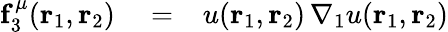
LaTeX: \begin{array}{rl}{\mathbf{f}_{3}^{\mu}({\mathbf{r}_{1}},{\mathbf{r}_{2}})}&{{}=\phantom{-}u({\mathbf{r}_{1}},{\mathbf{r}_{2}})\, \nabla_{1}u({\mathbf{r}_{1}},{\mathbf{r}_{2}})}\end{array}